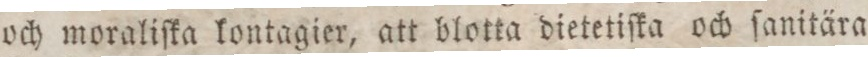
och moraliſka lontagier, att blotta dietetiſka och ſanitära